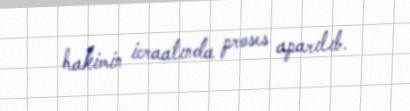
hakimin icraatında proses aparılıb.